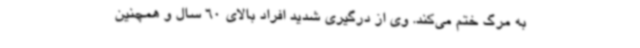
به مرگ ختم می‌کند. وی از درگیری شدید افراد بالای 60 سال و همچنین